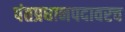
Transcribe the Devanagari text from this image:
पंतप्रधानपदावरच